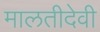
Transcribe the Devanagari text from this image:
मालतीदेवी